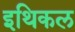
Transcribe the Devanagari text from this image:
इथिकल